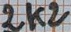
Text: 2K2